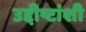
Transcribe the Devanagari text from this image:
उद्दीष्टांशी